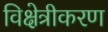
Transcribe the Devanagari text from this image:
विक्षेत्रीकरण